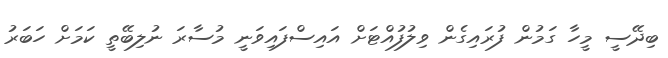
ބިދޭސީ މީހާ ގަމުން ފުރައިގެން ވިލުފުއްޓަށް އައިސްފައިވަނީ މުސާރަ ނުލިބޭތީ ކަމަށް ހަބަރު